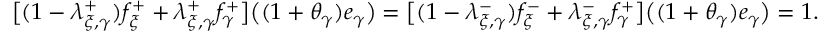
\textstyle \bigl [ ( 1 - \lambda _ { \xi , \gamma } ^ { + } ) f _ { \xi } ^ { + } + \lambda _ { \xi , \gamma } ^ { + } f _ { \gamma } ^ { + } \bigr ] \bigl ( ( 1 + \theta _ { \gamma } ) e _ { \gamma } \bigr ) = \bigl [ ( 1 - \lambda _ { \xi , \gamma } ^ { - } ) f _ { \xi } ^ { - } + \lambda _ { \xi , \gamma } ^ { - } f _ { \gamma } ^ { + } \bigr ] \bigl ( ( 1 + \theta _ { \gamma } ) e _ { \gamma } \bigr ) = 1 .